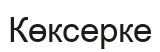
Көксерке